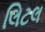
લિટલ